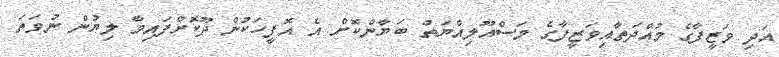
އަދި ވަޒީފާގެ މުއްދަތާއިވަޒީފާގެ މަސްއޫލިއްޔަތު ބަޔާންކޮށް އެ އޮފީހަކުން ދޫކޮށްފައިވާ ލިޔުން ނުވަތަ